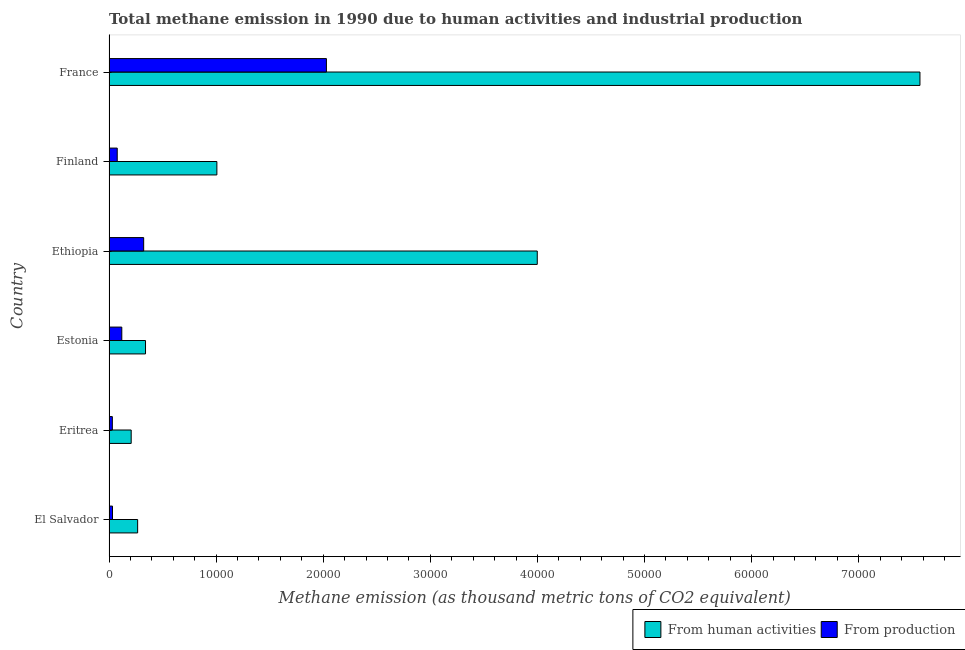
| Country | From human activities | From production |
 | --- | --- | --- |
 | El Salvador | 2.67e+03 | 326 |
 | Eritrea | 2.07e+03 | 310 |
 | Estonia | 3.41e+03 | 1.19e+03 |
 | Ethiopia | 4e+04 | 3.24e+03 |
 | Finland | 1.01e+04 | 768 |
 | France | 7.57e+04 | 2.03e+04 |